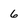
Character: 6